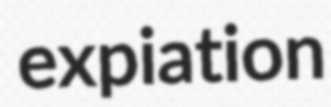
expiation